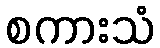
စကားသံ